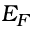
E _ { F }